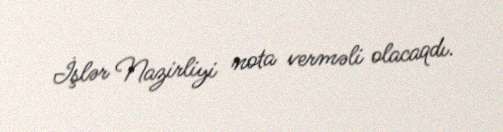
İşlər Nazirliyi nota verməli olacaqdı.